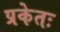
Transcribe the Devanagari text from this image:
प्रकेतः